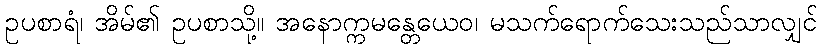
ဥပစာရံ၊ အိမ်၏ ဥပစာသို့။ အနောက္ကမန္တေယေဝ၊ မသက်ရောက်သေးသည်သာလျှင်